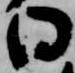
日